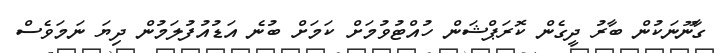
ގާނޫނަކުން ބާރު ދީގެން ކޮރަޕްޝަން ހުއްޓުވުމަށް ކަމަށް ބުނެ އަޑުއުފުލަމުން ދިޔަ ނަމަވެސް